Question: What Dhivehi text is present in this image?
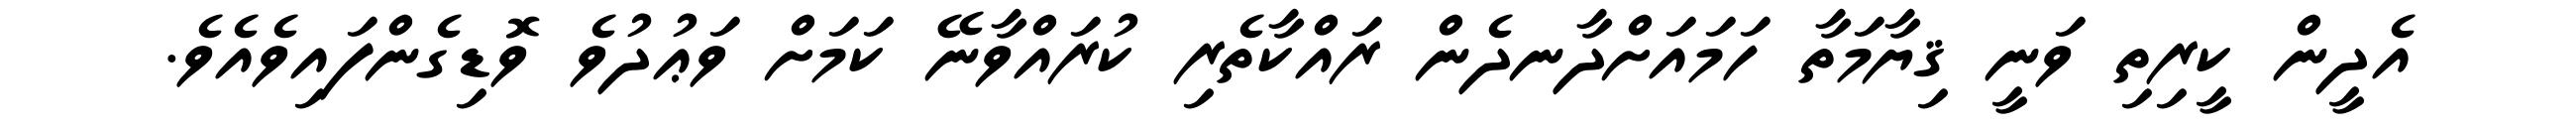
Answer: އެދީން ކީރިތި ވަނީ ޤިޔާމަތާ ހަމައަށްދާނދެން ރައްކާތެރި ކުރައްވާނޭ ކަމަށް ވަޢުދުވެ ވޮޑިގެންފައިވެއެވެ.